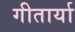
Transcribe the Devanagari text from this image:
गीतार्या